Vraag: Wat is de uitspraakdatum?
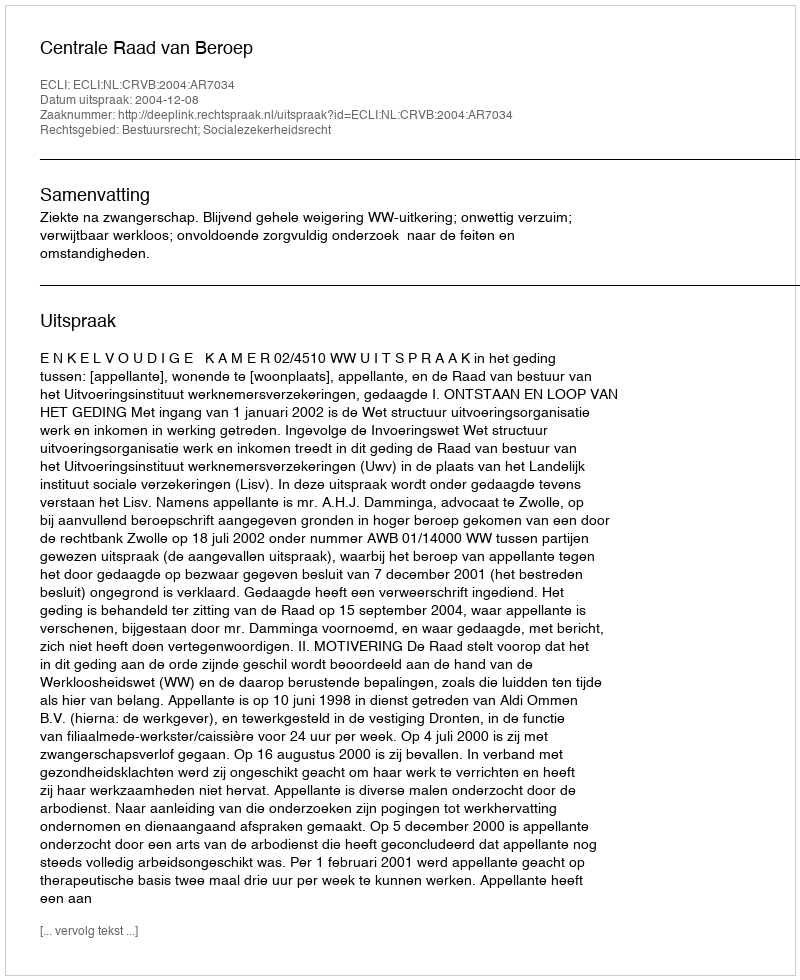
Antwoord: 2004-12-08